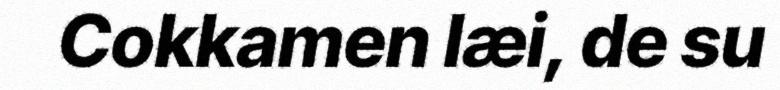
Cokkamen læi, de su